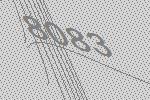
8083